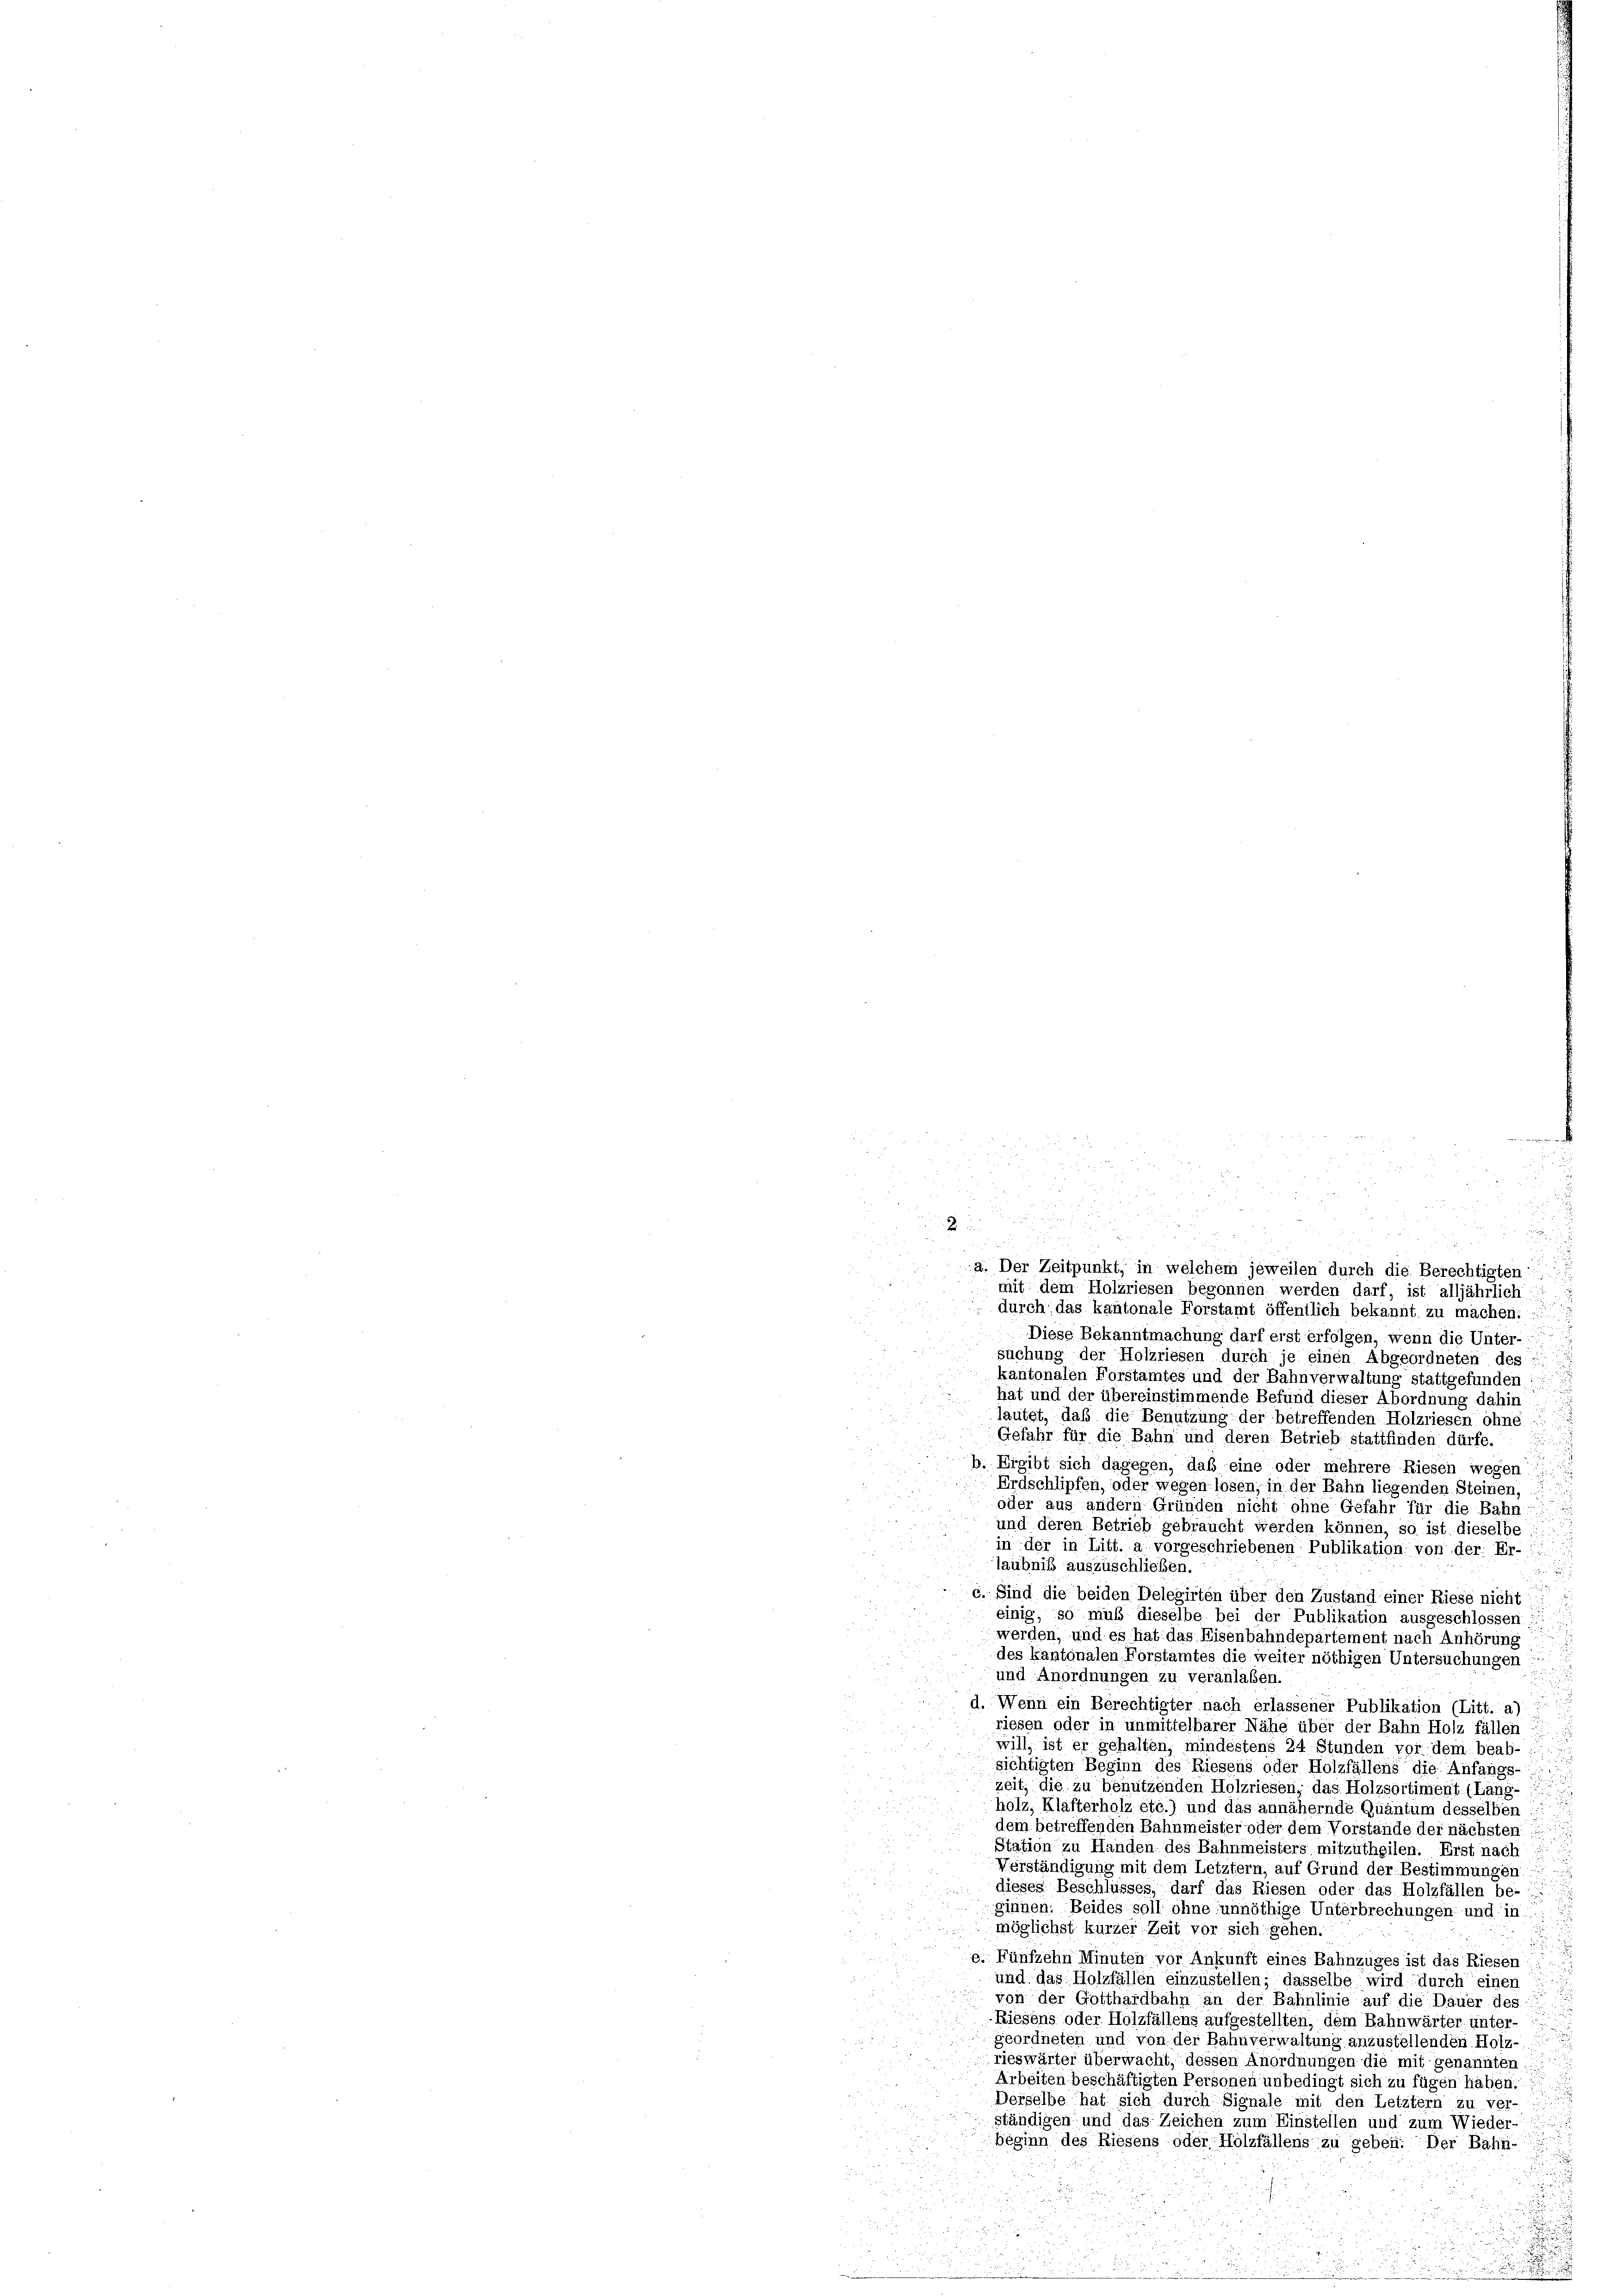
n
2

mit dem Holzriesen begonnen werden darf, ist alljährlich:
durch das kantonale Forstamt öffentlich bekannt zu machen:
Diese Bekanntmachung darf erst erfolgen, wenn die Unter-
suchung der Holzriesen durch je einen Abgeordneten des
kantonalen Forstamtes und der Bahnverwaltung stattgefunden :::
hat und der übereinstimmende Befund dieser Abordnung dahin
lautet, daß die Benutzung der betreffenden Holzriesen ohne
Gefahr für die Bahn und deren Betrieb stattfinden dürfe.
b. Ergibt sich dagegen, daß eine oder mehrere Riesen wegen
Erdschlipfen, oder wegenlosen, in der Bahn liegenden Steinen,
oder aus andern Gründen nicht ohne Gefahr für die Bahn-
und deren Betrieb gebraucht werden können, so ist dieselbe
in der in Litt. a vorgeschriebenen Publikation von der Er-
laubniß auszuschließen.

c. Sind die beiden Delegirten über den Zustand einer Riese nicht
einig, so muß dieselbe bei der Publikation ausgeschlossen
werden, und es hat das Eisenbahndepartement nach Anhörung
des Kantonalen Forstamtes die weiter nöthigen Untersuchungen
und Anordnungen zu veranlaßen.
d. Wenn ein Berechtigter nach erlassener Publikation (Litt. a)
riesen oder in unmittelbarer Nähe über der Bahn Holz fällen
will, ist er gehalten, mindestens 24 Stunden vor dem beab-
sichtigten Beginn des Riesens oder Holzfällens die Anfangs-
zeit, die zu benutzenden Holzriesen, das Holzsortiment. (Lang-
holz, Klafterholz etc.) und das annähernde Quantum desselben
dem betreffenden Bahnmeister oder dem Vorstände der nächsten
Station zu Handen des Bahnmeisters mitzutheilen. Erst nach
Verständigung mit dem Letztern, auf Grund der Bestimmungen
dieses Beschlusses, darf das Riesen oder das Holzfällen be-
ginnen. Beides soll ohne unnöthige Unterbrechungen und in
möglichst kurzer Zeit vor sich gehen.
e. Fünfzehn Minuten vor Ankunft eines Bahnzuges ist das Riesen
und das Holzfällen einzustellen; dasselbe wird durch einen
von der Gotthardbahn an der Bahnlinie auf die Dauer des
u
Riesens oder Holzfällens aufgestellten, dem Bahnwärter unter-
geordneten und von der Bahnverwaltung anzustellenden Holz-
rieswärter überwacht, dessen Anordnungen die mit genannten
Arbeiten beschäftigten Personen unbedingt sich zu fügen haben.
Derselbe hat sich durch Signale mit den Letztern zu ver-
ständigen und das Zeichen zum Einstellen und zum Wieder-
beginn des Riesens oder Holzfällens zu geben. Der Bahn-

a. Der Zeitpunkt, in welchem jeweilen durch die Berechtigten:

.
.